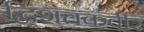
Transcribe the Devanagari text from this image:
द्विशतकवीर